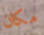
مكان